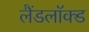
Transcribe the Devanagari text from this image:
लैंडलॉक्ड